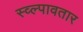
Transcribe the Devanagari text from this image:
स्व्ल्पावतार